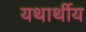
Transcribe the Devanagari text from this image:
यथार्थीय